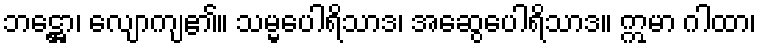
ဘဋ္ဌော၊ လျောကျ၏။ သမ္မပေါရိသာဒ၊ အဆွေပေါရိသာဒ။ ဣမာ ဂါထာ၊